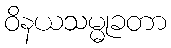
ဝိနယသမ္မုခတာ